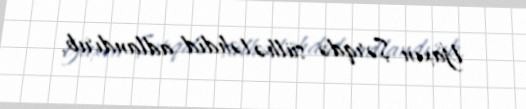
Yaxın Şərqdə sülhə təhdid adlandırıb.